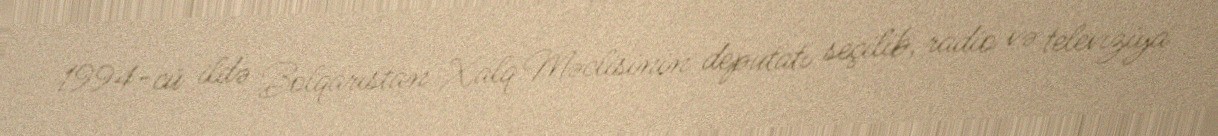
1994-cü ildə Bolqarıstan Xalq Məclisinin deputatı seçilib, radio və televiziya